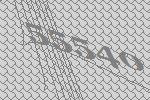
55540